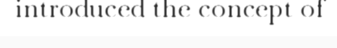
introduced the concept of